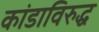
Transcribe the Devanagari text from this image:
कांडाविरुद्ध